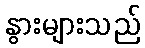
နွားများသည်